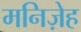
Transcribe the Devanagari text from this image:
मनिज़ेह